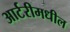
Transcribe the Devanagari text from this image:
आर्टरीमधील